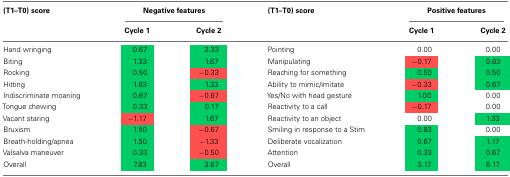
| (T1–T0) score | <COLSPAN=2> Negative features | (T1–T0) score | <COLSPAN=2> Positive features |
 |  | Cycle 1 | Cycle 2 |  | Cycle 1 | Cycle 2 |
 | --- | --- | --- | --- | --- | --- |
 | Hand wringing | 0.67 | 2.33 | Pointing | 0.00 | 0.00 |
 | Biting | 1.33 | 1.67 | Manipulating | −0.17 | 0.83 |
 | Rocking | 0.50 | −0.33 | Reaching for something | 0.50 | 0.50 |
 | Hitting | 1.83 | 1.33 | Ability to mimic/imitate | −0.33 | 0.67 |
 | Indiscriminate moaning | 0.67 | −0.67 | Yes/No with head gesture | 1.00 | 0.00 |
 | Tongue chewing | 0.33 | 0.17 | Reactivity to a call | −0.17 | 0.00 |
 | Vacant staring | −1.17 | 1.67 | Reactivity to an object | 0.00 | 1.33 |
 | Bruxism | 1.50 | −0.67 | Smiling in response to a Stim | 0.83 | 0.00 |
 | Breath-holding/apnea | 1.50 | −1.33 | Deliberate vocalization | 0.67 | 1.17 |
 | Valsalva maneuver | 0.33 | −0.50 | Attention | 0.33 | 0.67 |
 | Overall | 7.83 | 3.67 | Overall | 3.17 | 5.17 |